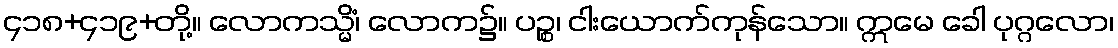
၄၁၈+၄၁၉+တို့။ လောကသ္မိံ၊ လောက၌။ ပဉ္စ၊ ငါးယောက်ကုန်သော။ ဣမေ ခေါ ပုဂ္ဂလော၊